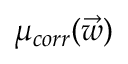
\mu _ { c o r r } ( \vec { w } )